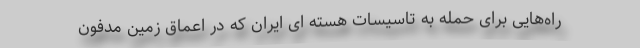
راه‌هایی برای حمله به تاسیسات هسته ای ایران که در اعماق زمین مدفون